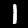
Digit: 1